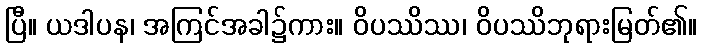
ပြီ။ ယဒါပန၊ အကြင်အခါ၌ကား။ ဝိပဿိဿ၊ ဝိပဿိဘုရားမြတ်၏။